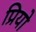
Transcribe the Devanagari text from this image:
प्रियो